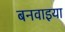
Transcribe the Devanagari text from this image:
बनवाइया